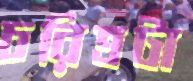
চরিত্রটা